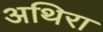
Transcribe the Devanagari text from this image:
अथिरा